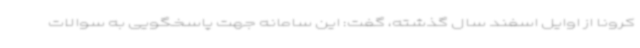
کرونا از اوایل اسفند سال گذشته، گفت: این سامانه جهت پاسخگویی به سوالات